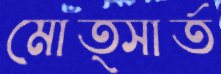
মোত্সার্ত